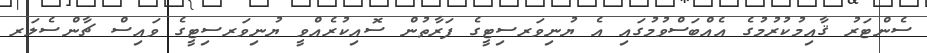
ސެންޓަރު ޤާއިމުކުރުމުގެ އެއްބަސްވުމުގައި އެ ޔުނިވަރސިޓީގެ ފަރާތުން ސޮއިކުރެއްވީ ޔުނިވަރސިޓީގެ ވައިސް ޗާންސެލަރ